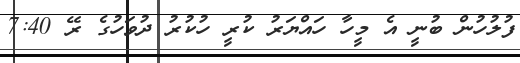
ފުލުހުން ބުނީ އެ މީހާ ހައްޔަރު ކުރީ ހުކުރު ދުވަހުގެ ރޭ 7:40